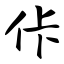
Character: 佧